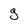
Character: g